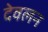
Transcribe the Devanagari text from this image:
देवलन